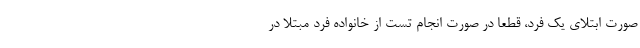
صورت ابتلای یک فرد، قطعا در صورت انجام تست از خانواده فرد مبتلا در